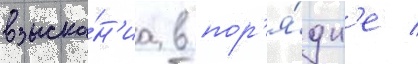
взыска́н'иа в пор'я́дк'е /